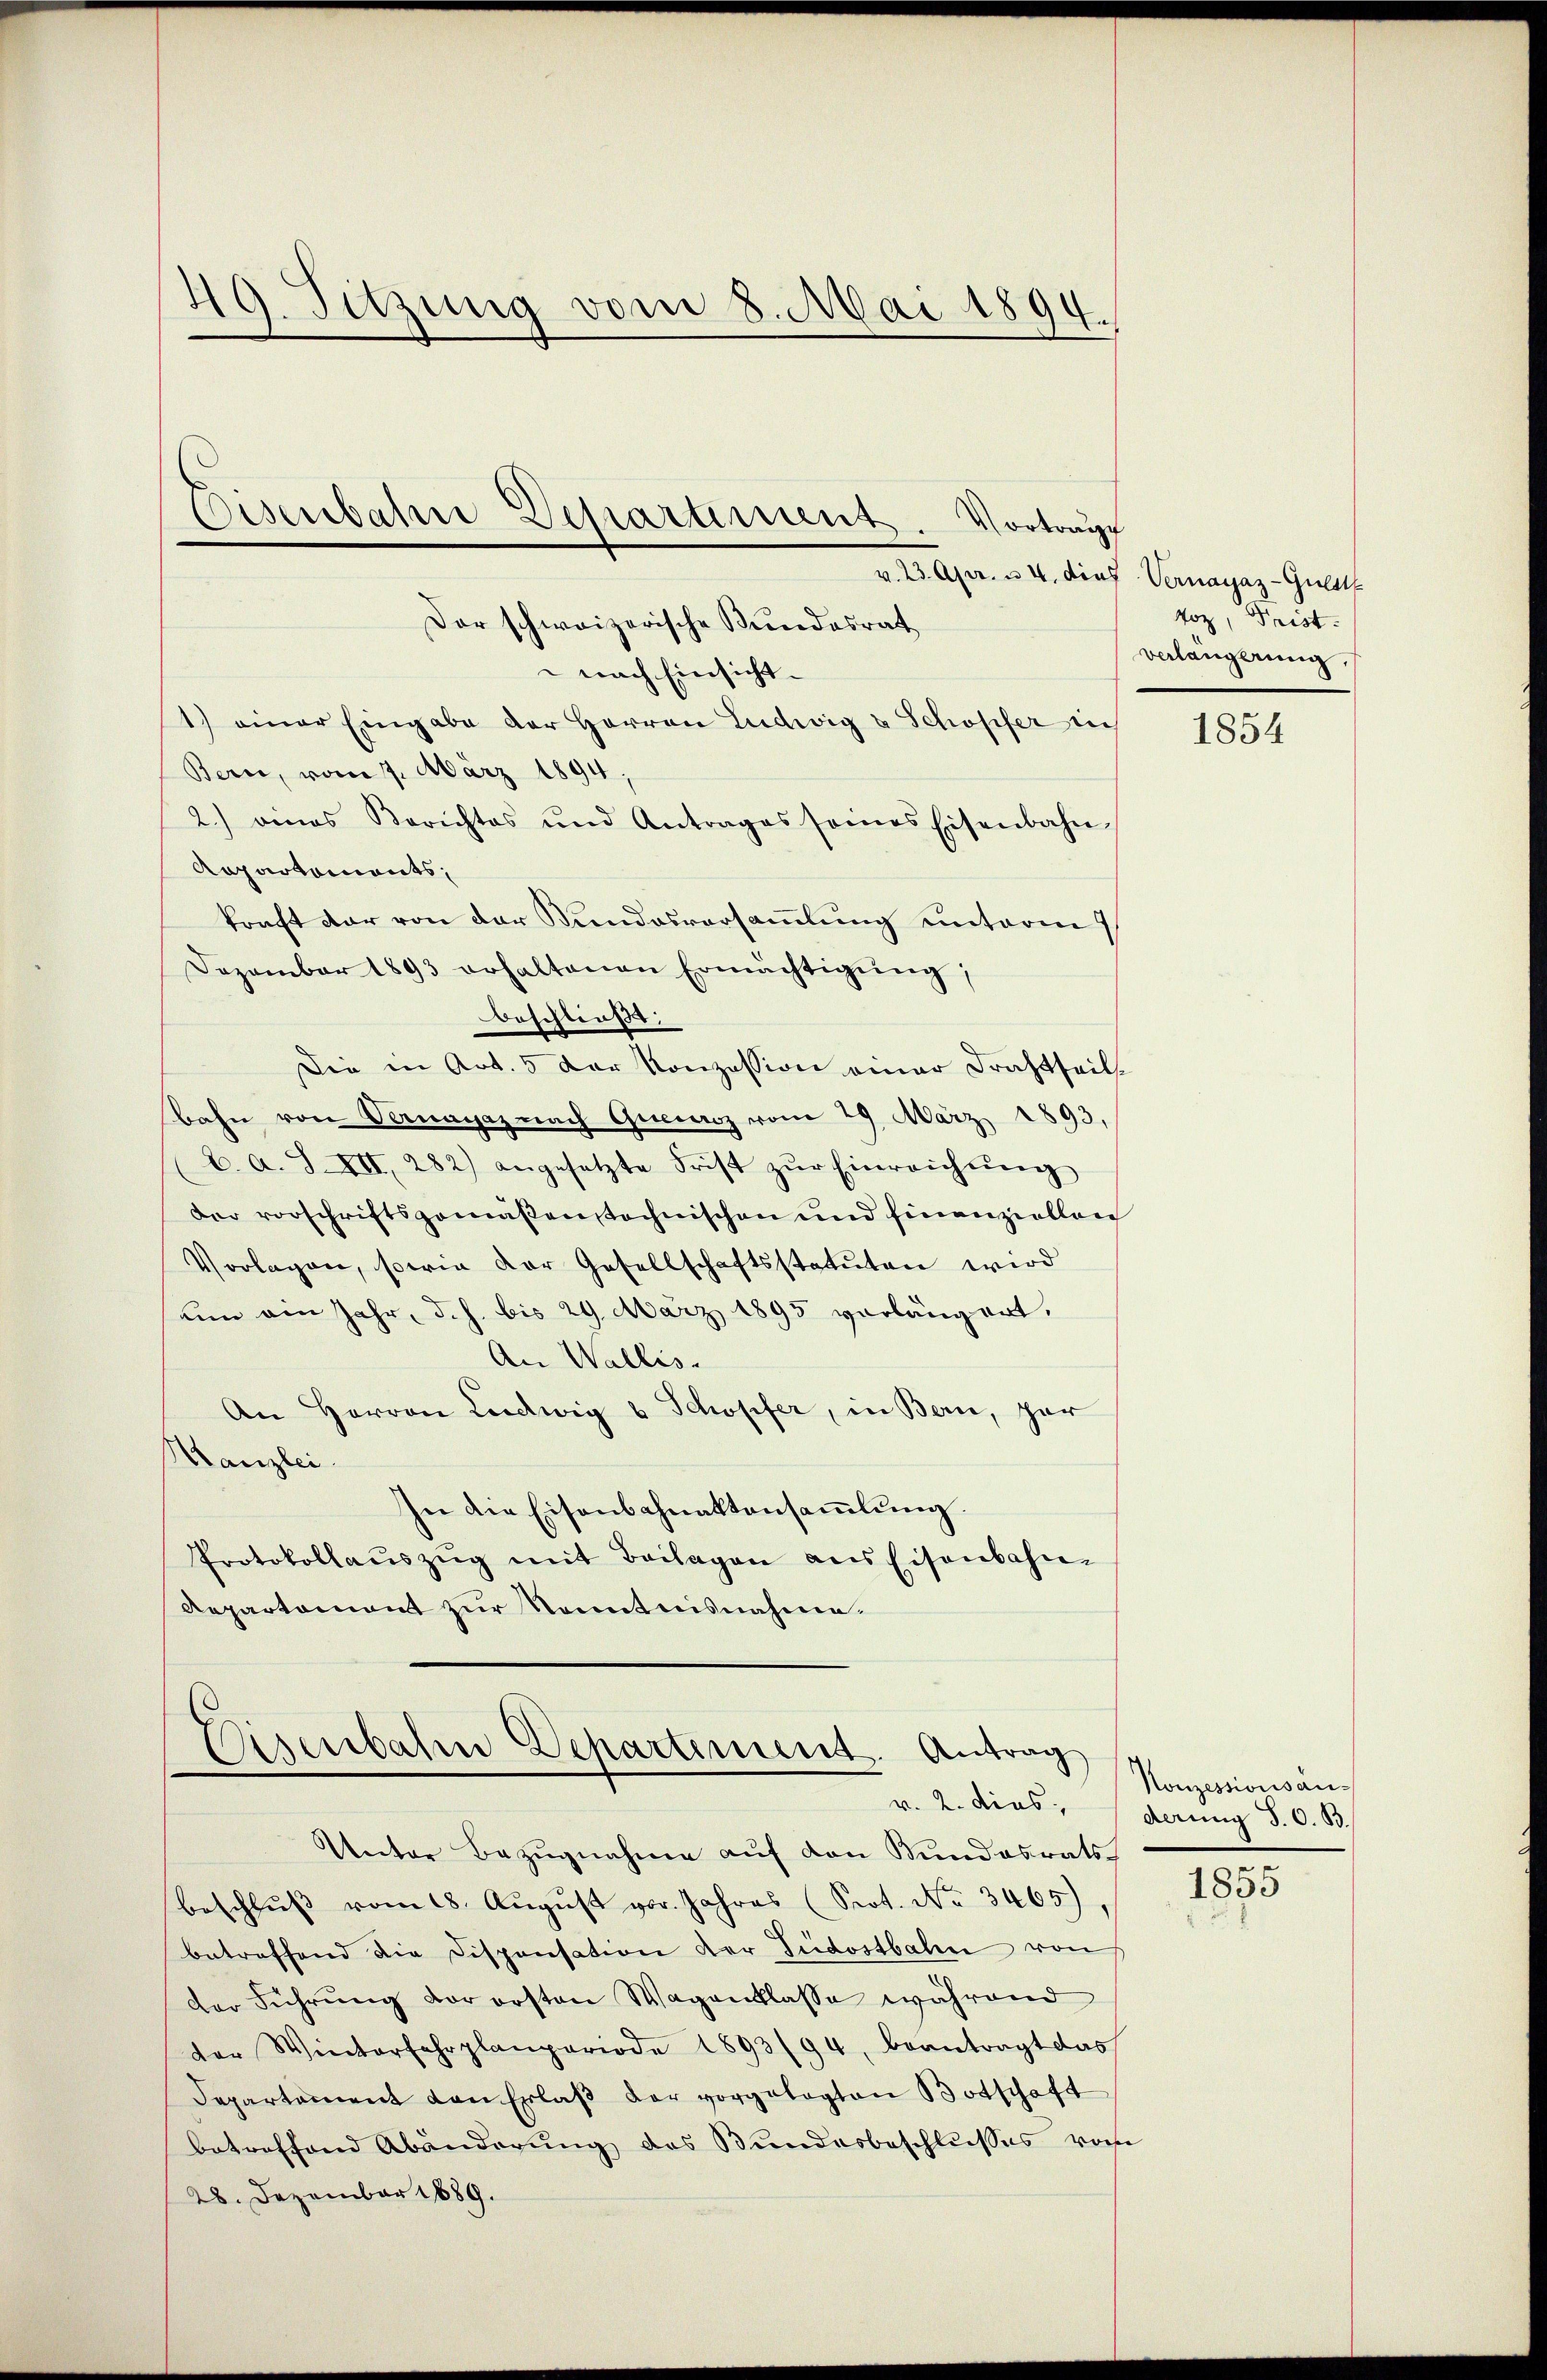
49. Sitzung vom 8. Mai 1894.

nach Einsicht-
1) einer Eingabe der Herren Ludwig u Schöpfer ich
Bern, vom 7. März 1894,
2.) amas Berichtes und Antrages seines Eisenbahn
Repartements,
kraft dar von der Kundesversammlung unterm
Dezember 1893 erhaltenen Ermächtigŭng,
beschließt:
Die in Art. 5 der Konzession einer Frachtheil.
bahn von Vermagaz nach Queerz vom 29. März 1893,
b. A. S. XII, 282) angesetzte Frist zŭr Einreichŭng
der vorschriftspomaßenstechnischen und Einenzielleich
Vorlagen, sowie der Gesellschaftsstatuten wird
um ein Jahr, d.h. bis 29. März 1895 vorlängert,
An Wallis.
An Herren Ludwig u Schopfer, in Bern, zur
Kanzlei.
In die Eisenbahnaktensaṁlŭng.
Protokollaŭszŭg mit Beilagen aus Eisenbahn-
Repartament zur Kenntnisnahme.

Eisenbahre Departiment. Vortrag
Der schweizerische Kundesrat

Eisenbahn Departement. Antrag
s
v. 2. dies,

v. 23. Aprr. u. 4. dies Vernayaz-Guld
voz, Frist.
verlängerung,

Unter Bezugnahme auf den Kundesrats-
beschlŭβ vom 18. Aŭgŭst vor. Jahres (Seot. No 3465)
betreffend die Disponsation der Südostbahn von
der Führung vor ersten Wagenklasse während
der Winterfahrplanperiode 1893/94, beantragt das
Departement von Erlaβ der vorgelegten Botschaft
betreffend Abänderŭng des Bundesbeschlŭsses vom
28. Dezember 1889.

1854

Konzessionsanderung S. O. B.
.

1855